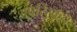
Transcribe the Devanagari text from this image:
अपरिस्कृत